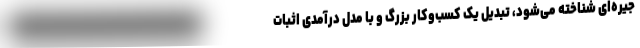
جیره‌ای شناخته می‌شود، تبدیل یک کسب‌وکار بزرگ و با مدل درآمدی اثبات